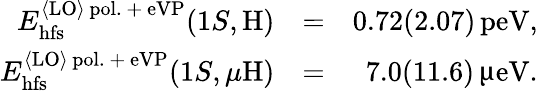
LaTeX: \begin{array}{rlr}{E_{\mathrm{hfs}}^{{\langle\mathrm{LO}\rangle}\, \mathrm{pol.~+~eVP}}(1S,\mathrm{H})}&{=}&{0.72(2.07)\, \mathrm{peV},}\\ {E_{\mathrm{hfs}}^{{\langle\mathrm{LO}\rangle}\, \mathrm{pol.~+~eVP}}(1S,\mu\mathrm{H})}&{=}&{7.0(11.6)\, \upmu\mathrm{eV}.}\end{array}